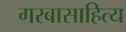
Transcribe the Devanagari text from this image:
गरबासाहित्य